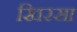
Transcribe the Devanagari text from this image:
खिरसा